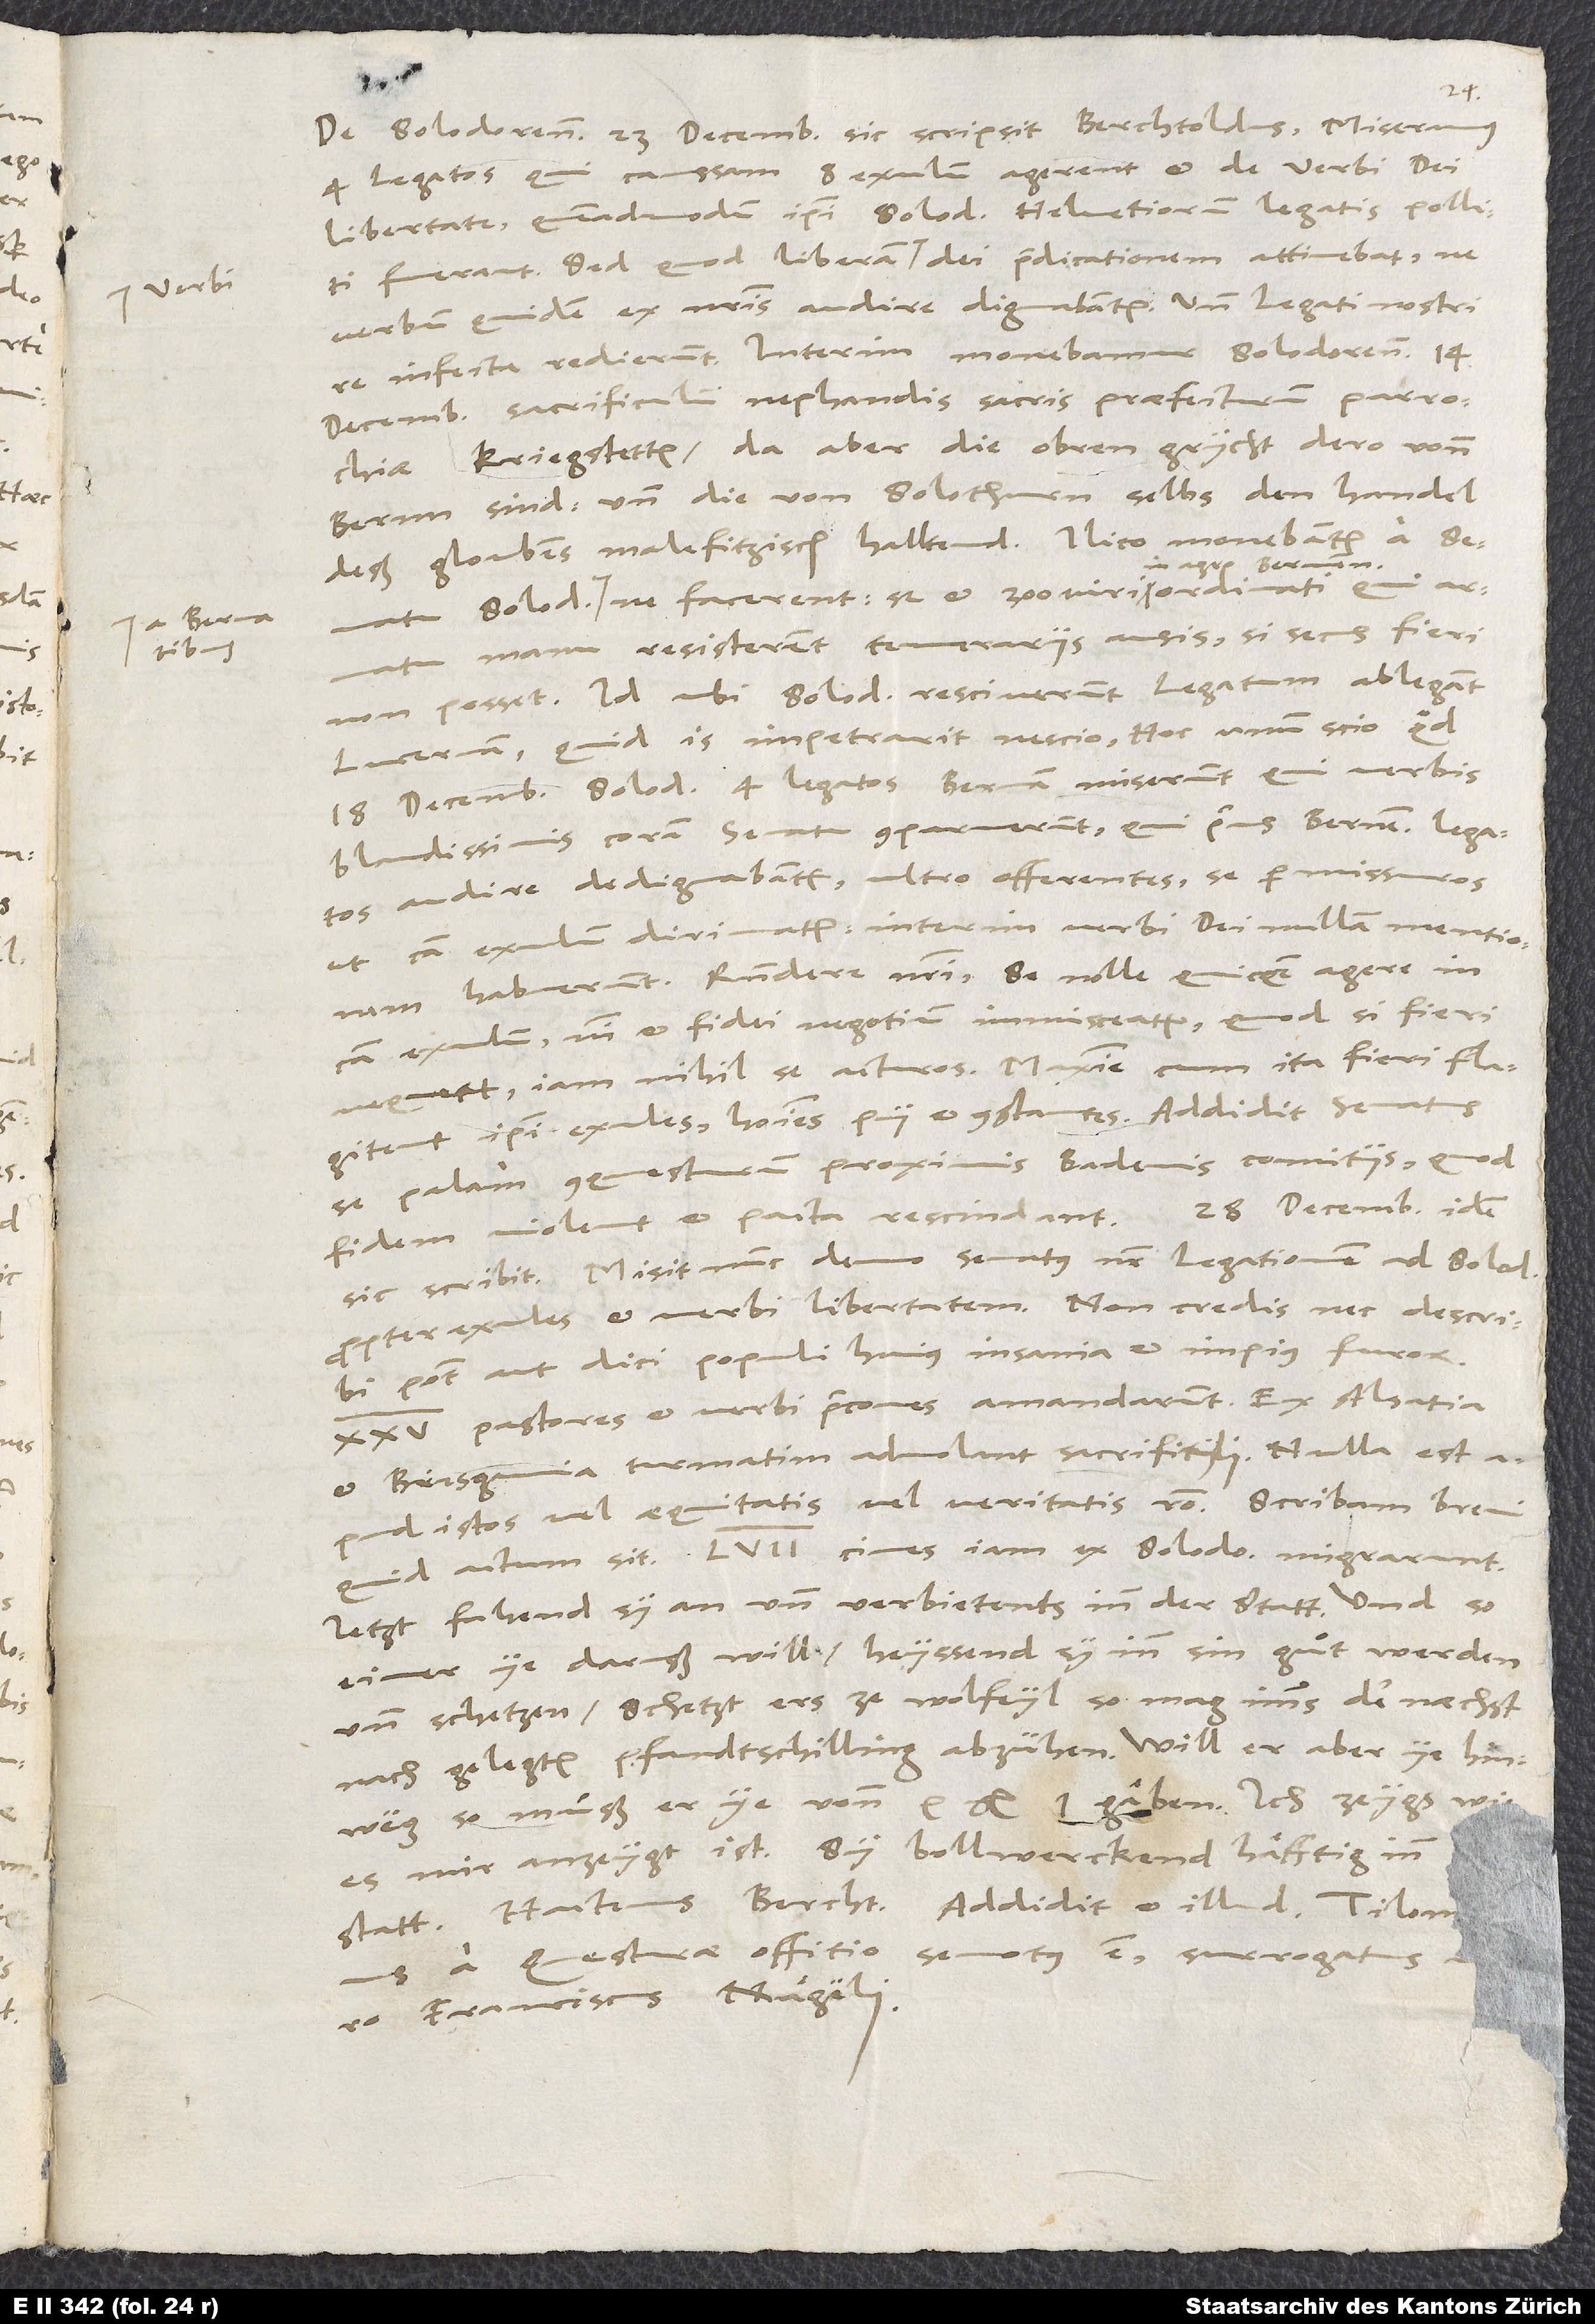
De Solodorensibus 23. decembris sic scripsit Berchtoldus: «Miseramus
4 legatos, qui caussam 8 exulum agerent et de verbi dei
libertate, quemadmodum ipsi Solodorenses Helvetiorum legatis polliciti
fuerant. Sed quod liberam verbi e dei praedicationem attinebat, ne
verbum quidem ex nostris audire dignabantur. Unde legati nostri
infecta redierunt. Interim monebamur, Solodorenses 14.
decembris sacrificulum nephandis sacris praefecturos parrochiae
Kriegstetten. Da aber die ohren grycht dero vonn
Bernn sind, und die von Solothurn selbs den handel
deß gloubens malefitzisch halltend, ilico monebantur a senatu
in agro Bernensi
manu resisterent temeraiis ausis, si secus fieri
non posset. Id ubi Solodorenses resciverunt, legatum ablegant
Lucernam. Quid is impetrarit, nescio. Hoc unum scio, quod
18. decembris Solodorenses 4 legatos Bernam miserunt, qui verbis
blandissimis coram senatu comparuerunt. Qui prius Bernensium
audire dedignabantur ultro offerentes se permissuros,
ut caussa exulum dirimatur. Interim verbi dei nullam mentionem
habuerunt. Respondere nostri se nolle quicquam agere in
exulum, nisi et fidei negotium immisceatur. Quod si fieri
nequeat, iam nihil se acturos, maxime cum ita fieri flagitent
ipsi exules, homines pii et constantes. Addidit senatus
se palam conquesturum proximis Badenis comitiis, quod
fidem violent et pacta rescindant.» 28. decembris idem
sic scribit: «Misit nunc denuo senatus noster legationem ad Solodorenses
propter exules et verbi libertatem. Non credis nec describi
potest aut dici populi huius insania et impius furor.
25 pastores et verbi praecones amandarunt. Ex Alsatia
et Brisgauvia turmatim advolant sacrificuli. Nulla est
apud istos vel aequitatis vel veritatis ratio. Scribam brevi,
quid actum sit. 57 cives iam ex Solodoro migrarunt.
Jetzt fahend sy an und verbietents inn der statt, und so
einer ye daruß will, heyssend sy inn sin guͦt werden
und schetzen. Schetzt ers ze wolfeyl, so mag imms der nächst
nach gelegtem pfandtschilling abzühen. Will er aber ye hinweg,
so muͦß er ye von 10 gl. I gäben. Ich zeygs, wie
es mir anzeygt ist. Sy bollwerckend häfftig inn
Franciscus Nägeli.»